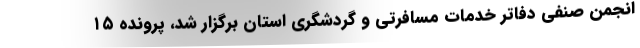
انجمن صنفی دفاتر خدمات مسافرتی و گردشگری استان برگزار شد، پرونده ۱۵